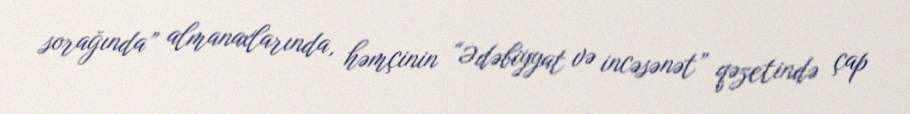
sorağında” almanaxlarında, həmçinin “Ədəbiyyat və incəsənət” qəzetində çap